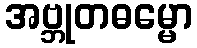
အဗ္ဘုတဓမ္မော